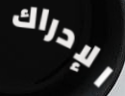
الإدراك